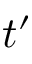
t ^ { \prime }